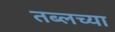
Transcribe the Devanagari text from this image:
तब्लच्या